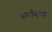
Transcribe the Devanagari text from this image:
यादीसुध्दा